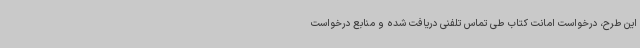
این طرح، درخواست امانت کتاب طی تماس تلفنی دریافت شده و منابع درخواست